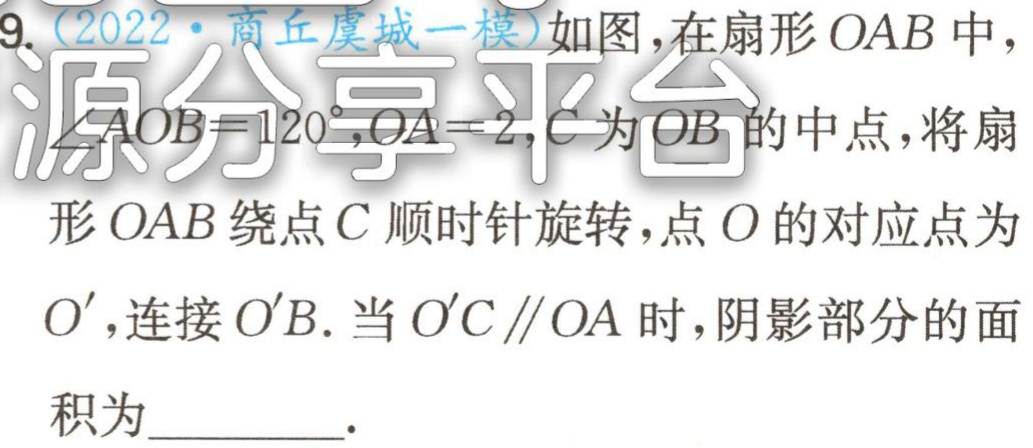
9.（2022·商丘虞城一模）如图，在扇形\(OAB\)中，\(\angle AOB = 120^{\circ},OA = 2\)，\(C\)为\(OB\)的中点，将扇形\(OAB\)绕点\(C\)顺时针旋转，点\(O\)的对应点为\(O'\)，连接\(O'B\). 当\(O'C\parallel OA\)时，阴影部分的面积为_________.